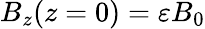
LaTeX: B_{z}(z=0)=\varepsilon B_{0}